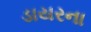
ડાયરના